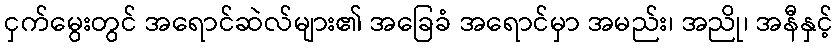
ငှက်မွေးတွင် အရောင်ဆဲလ်များ၏ အခြေခံ အရောင်မှာ အမည်း၊ အညို၊ အနီနှင့်